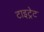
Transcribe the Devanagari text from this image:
टाइट्रेट